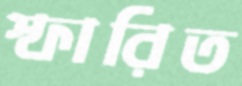
স্ফারিত